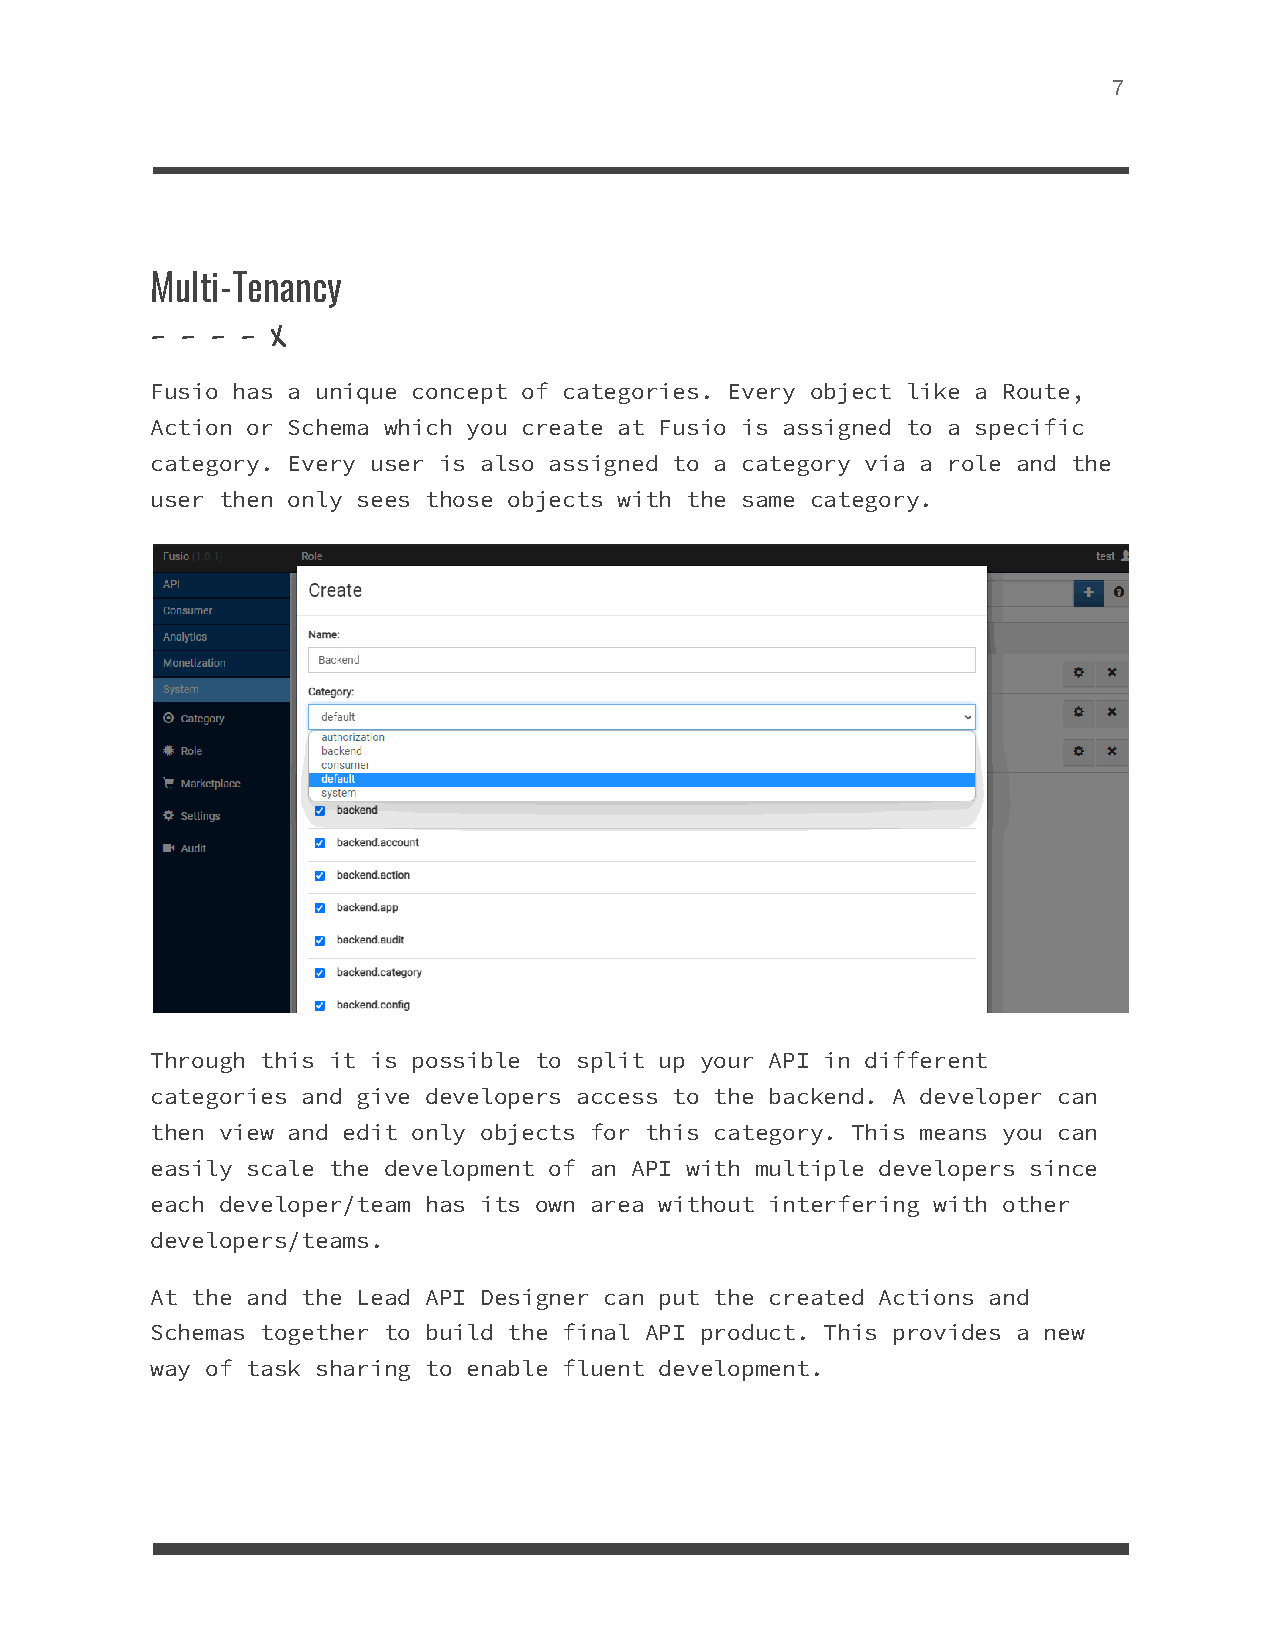
7
 Multi-Tenancy
 - - - - X
 Fusio has a unique concept of categories. Every object like a Route,
 Action or Schema which you create at Fusio is assigned to a specific
 category. Every user is also assigned to a category via a role and the
 user then only sees those objects with the same category.
 Through this it is possible to split up your API in different
 categories and give developers access to the backend. A developer can
 then view and edit only objects for this category. This means you can
 easily scale the development of an API with multiple developers since
 each developer/team has its own area without interfering with other
 developers/teams.
 At the and the Lead API Designer can put the created Actions and
 Schemas together to build the final API product. This provides a new
 way of task sharing to enable fluent development.